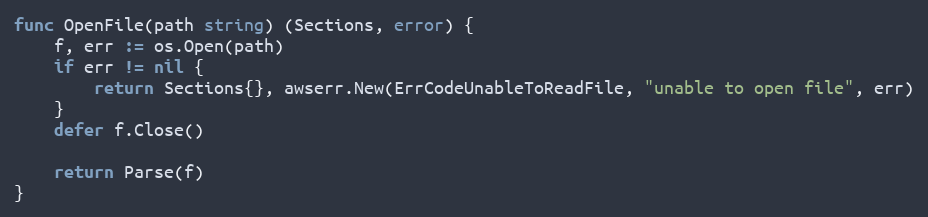
Language: Go
func OpenFile(path string) (Sections, error) {
	f, err := os.Open(path)
	if err != nil {
		return Sections{}, awserr.New(ErrCodeUnableToReadFile, "unable to open file", err)
	}
	defer f.Close()

	return Parse(f)
}